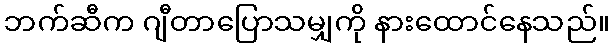
ဘက်ဆီက ဂျီတာပြောသမျှကို နားထောင်နေသည်။